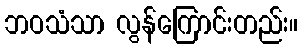
ဘဝသံသာ လွန်ကြောင်းတည်း။